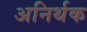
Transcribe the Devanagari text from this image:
अनिर्थक